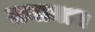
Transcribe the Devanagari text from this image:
रामानाथ